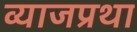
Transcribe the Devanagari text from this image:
व्याजप्रथा